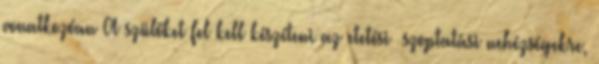
vonatkozóan A szülőket fel kell készíteni az etetési szoptatási nehézségekre,